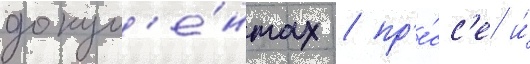
докум'е́нтах / пр'е́сс'е и́